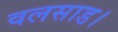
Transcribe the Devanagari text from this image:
वलसाड।